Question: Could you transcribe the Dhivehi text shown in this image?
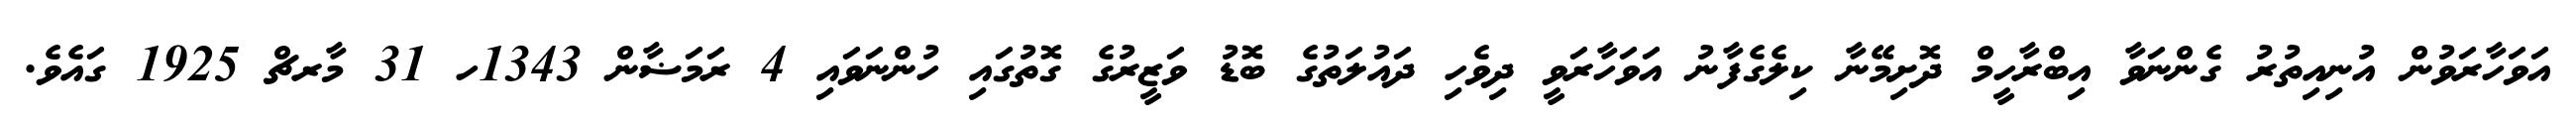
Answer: އަވަހާރަވުން އުނިއިތުރު ގެންނަވާ އިބްރާހީމް ދޮށިމޭނާ ކިލެގެފާނު އަވަހާރަވީ ދިވެހި ދައުލަތުގެ ބޮޑު ވަޒީރުގެ ގޮތުގައި ހުންނަވައި 4 ރަމަޟާން 1343ހ 31 މާރޗް 1925 ގައެވެ.